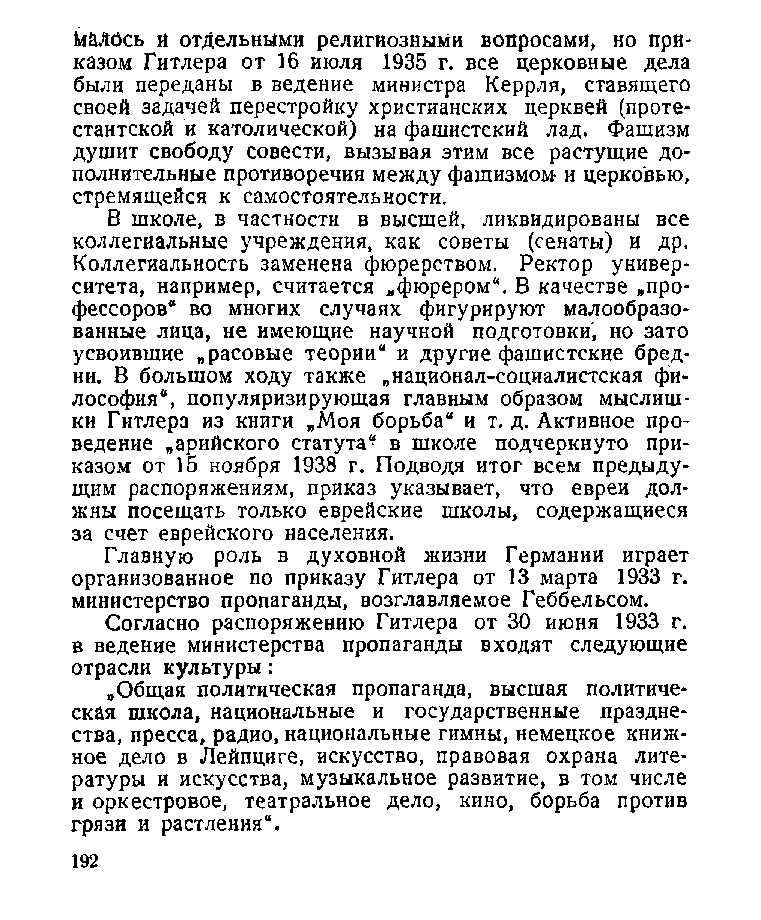
малось й отдельными религиозными вопросами, но при­
 казом Гитлера от 16 июля 1935 г. все церковные дела
 были переданы в ведение министра Керрля, ставящего
 своей задачей перестройку христианских церквей (проте­
 стантской и католической) на фашистский лад. Фашизм
 душит свободу совести, вызывая этим все растущие до­
 полнительные противоречия между фашизмом и церковью,
 стремящейся к самостоятельности.
 В школе, в частности в высшей, ликвидированы все
 коллегиальные учреждения, как советы (сенаты) и др.
 Коллегиальность заменена фюрерством. Ректор универ­
 ситета, например, считается „фюрером“. В качестве »про­
 фессоров“ во многих случаях фигурируют малообразо­
 ванные лица, не имеющие научной подготовки, но зато
 усвоившие „расовые теории“ и другие фашистские бред­
 ни. В большом ходу также „национал-социалистская фи­
 лософия“, популяризирующая главным образом мыслиш­
 ки Гитлера из книги „Моя борьба“ и т. д. Активное про­
 ведение „арийского статута“ в школе подчеркнуто при­
 казом от 15 ноября 1938 г. Подводя итог всем предыду­
 щим распоряжениям, приказ указывает, что евреи дол­
 жны посещать только еврейские школы, содержащиеся
 за счет еврейского населения.
 Главную роль в духовной жизни Германии играет
 организованное по приказу Гитлера от 13 марта 1933 г.
 министерство пропаганды, возглавляемое Геббельсом.
 Согласно распоряжению Гитлера от 30 июня 1933 г.
 в ведение министерства пропаганды входят следующие
 отрасли культуры:
 „Общая политическая пропаганда, высшая политиче­
 ская школа, национальные и государственные праздне­
 ства, пресса, радио, национальные гимны, немецкое книж­
 ное дело в Лейпциге, искусство, правовая охрана лите­
 ратуры и искусства, музыкальное развитие, в том числе
 и оркестровое, театральное дело, кино, борьба против
 грязи и растления“.
 192